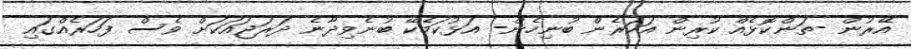
އޭރުން -ތަންކޮޅެއް ކުރިން އަހަރެން ބުނިހެން- އަޅުކަމެކޭ ބުނެވިދާނެ ދަރަޖައަކަށް ވެސް ފަހަރެއްގައި